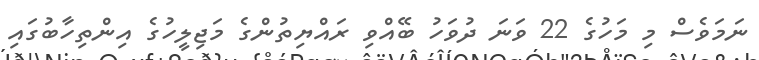
ނަމަވެސް މި މަހުގެ 22 ވަނަ ދުވަހު ބޭއްވި ރައްޔިތުންގެ މަޖިލީހުގެ އިންތިހާބުގައި